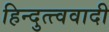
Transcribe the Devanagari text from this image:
हिन्दुत्त्ववादी